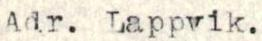
Adr. Lappvik.